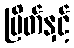
မြိတ်နှင့်